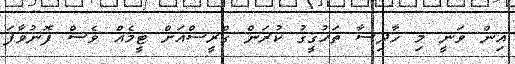
އިން ވަނީ މި ހާދިސާ ތަހުގީގު ކުރަން ގްރީސްއަށް ޓީމެއް ވެސް ފޮނުވާފަ